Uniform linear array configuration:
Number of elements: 32
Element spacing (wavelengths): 0.25
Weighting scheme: uniform
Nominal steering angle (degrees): -45
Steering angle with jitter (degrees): -44.309
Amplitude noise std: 0.05
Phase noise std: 0.05

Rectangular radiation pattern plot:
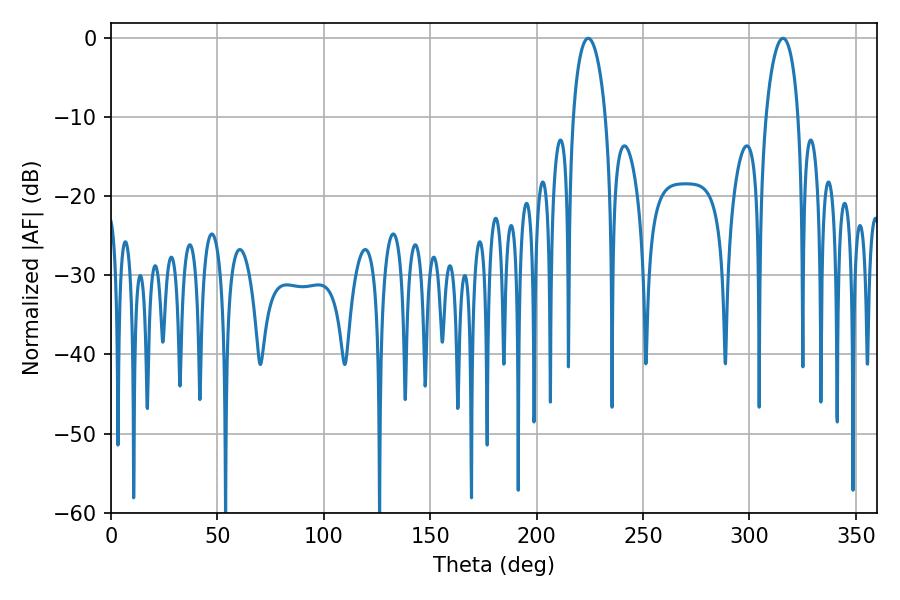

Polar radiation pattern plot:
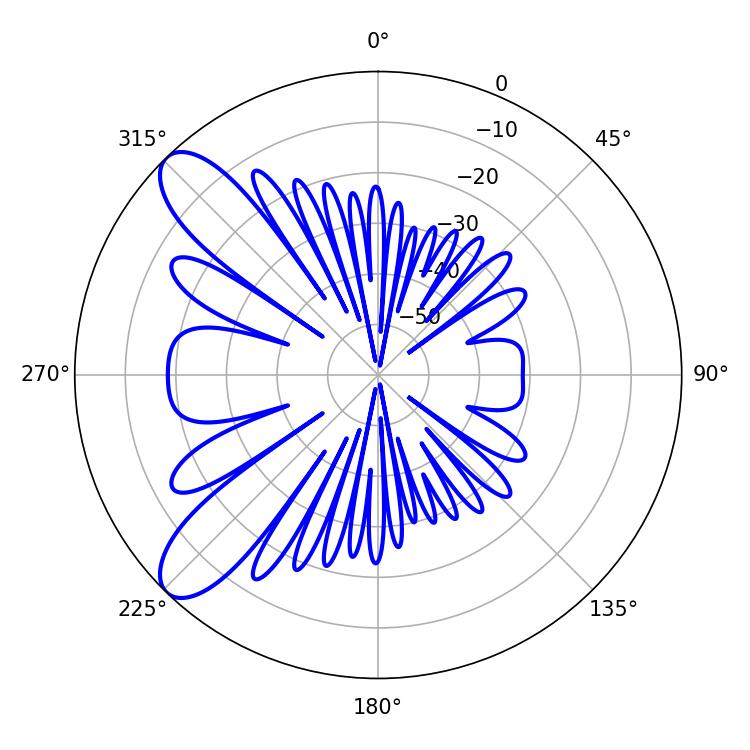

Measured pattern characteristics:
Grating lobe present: FALSE
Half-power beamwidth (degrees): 8.82
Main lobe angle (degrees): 224.28